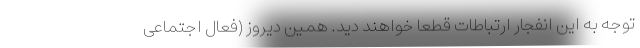
توجه به این انفجار ارتباطات قطعا خواهند دید. همین دیروز (فعال اجتماعی